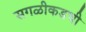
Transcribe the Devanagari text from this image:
सगळीकडची